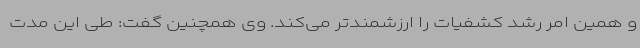
و همین امر رشد کشفیات را ارزشمندتر می‌کند. وی همچنین گفت: طی این مدت